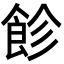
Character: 飻